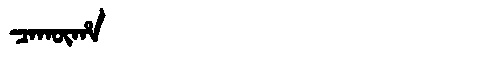
Manchu: ᠴᠠᡴᡡᡥᠠ
Romanization: CAKŪHA